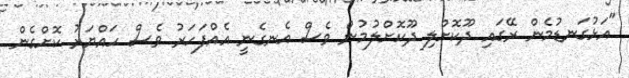
"އަޅުގަނޑުމެން ރޭގައި ދޫކޮށްލި ދޫކޮށްލުމުން ވެސް އެނގެނީ އެއްފަހަރު ވެސް ހައްޔަރު ކޮށްގެން